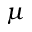
\mu